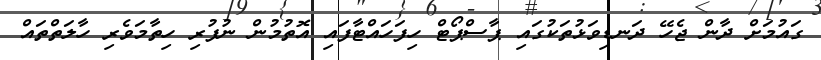
ގައުމަށް ދާން ޖެހޭ ދަނޑިވަޅުތަކުގައި ޕާސްޕޯޓް ހިފަހައްޓާފައި އޮތުމުން ނުފުރި ހިތާމަވެރި ހާލަތްތައް